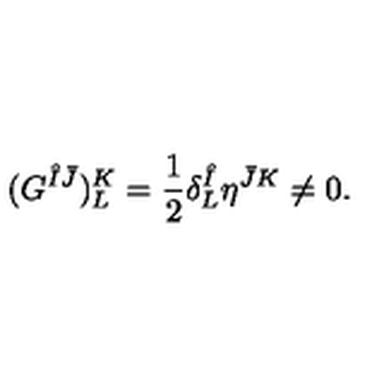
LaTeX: ( G ^ { \hat { I } \bar { J } } ) _ { L } ^ { K } = { \frac { 1 } { 2 } } \delta _ { L } ^ { \hat { I } } \eta ^ { \bar { J } K } \neq 0 .